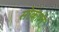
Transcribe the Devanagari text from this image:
सोकाल